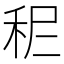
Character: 𥞓